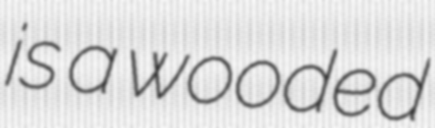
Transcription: is a wooded